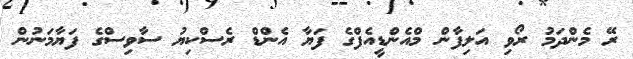
ރޭ މެންދަމު ރޯވި އަލިފާން މްއެންޑީއެފްގެ ފަޔާ އެންޑް ރެސްކިޔު ސާވިސްގެ ފަޔާމަނުން